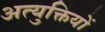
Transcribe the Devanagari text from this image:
अत्युक्तियों